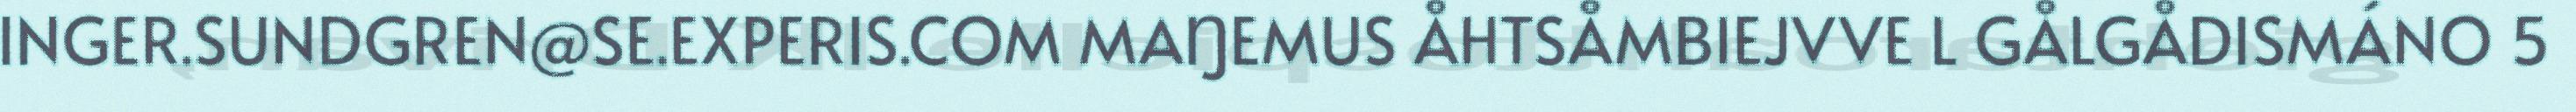
INGER.SUNDGREN@SE.EXPERIS.COM MAŊEMUS ÅHTSÅMBIEJVVE L GÅLGÅDISMÁNO 5